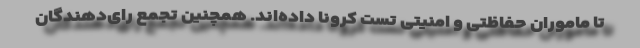
تا ماموران حفاظتی و امنیتی تست کرونا داده‌اند. همچنین تجمع رای‌دهندگان